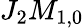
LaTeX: J_{2}M_{1,0}